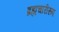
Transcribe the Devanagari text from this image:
ब्रह्मचारीरूप